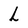
Character: L